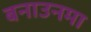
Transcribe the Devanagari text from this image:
बनाउनमा